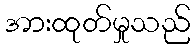
အားထုတ်မှုသည်